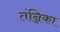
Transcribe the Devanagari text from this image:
तंन्निका